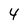
Character: 4